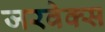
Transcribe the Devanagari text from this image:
जरवेक्स